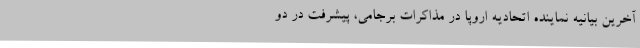
آخرین بیانیه نماینده اتحادیه اروپا در مذاکرات برجامی، پیشرفت در دو